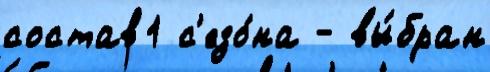
состав1 с'езо́на - вы́бран